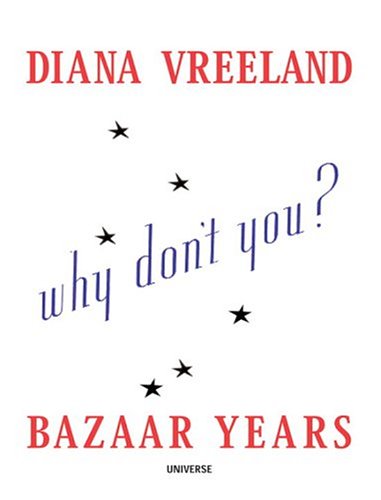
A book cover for Diana Vreeland: Bazaar Years; John Esten; Arts & Photography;